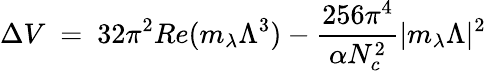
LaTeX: \Delta V~=~32\pi^{2}Re(m_{\lambda}\Lambda^{3})-{\frac{256\pi^{4}}{\alpha N_{c}^{2}}}|m_{\lambda}\Lambda|^{2}